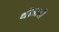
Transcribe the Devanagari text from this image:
थोडाही